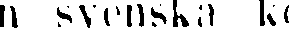
n svenska k